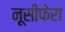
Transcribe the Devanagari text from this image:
नूसीफेरा